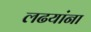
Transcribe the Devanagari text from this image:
लढयांना